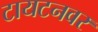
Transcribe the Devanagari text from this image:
टायटनवर